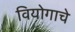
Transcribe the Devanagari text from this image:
वियोगाचे